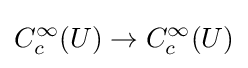
C_{c}^{\infty }(U)\to C_{c}^{\infty }(U)